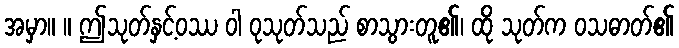
အမှာ။ ။ ဤသုတ်နှင့်ဝဿ ဝါ ဝုသုတ်သည် စာသွားတူ၏၊ ထို သုတ်က ဝသဓာတ်၏